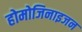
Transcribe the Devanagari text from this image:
होमोजिनाइजन